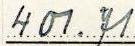
401.71